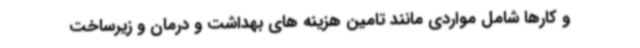
و کارها شامل مواردی مانند تامین هزینه های بهداشت و درمان و زیرساخت